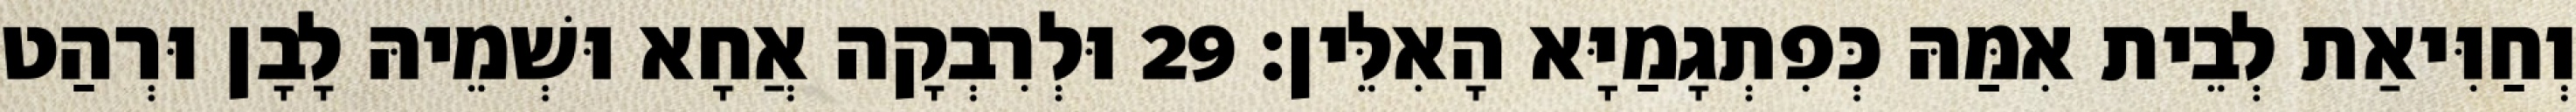
וְחַוִּיאַת לְבֵית אִמַּהּ כְּפִתְגָמַיָּא הָאִלֵּין׃ 29 וּלְרִבְקָה אֲחָא וּשְׁמֵיהּ לָבָן וּרְהַט